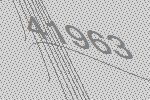
41963